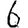
Digit: 6